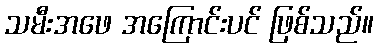
သမီးအဖေ အကြောင်းပင် ဖြစ်သည်။